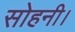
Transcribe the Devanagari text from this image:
सोहनी।